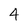
Character: 4